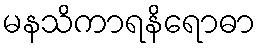
မနသိကာရနိရောဓာ